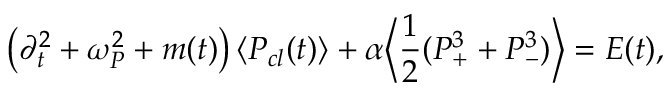
\left( \partial _ { t } ^ { 2 } + \omega _ { P } ^ { 2 } + m ( t ) \right) \langle P _ { c l } ( t ) \rangle + \alpha \biggl \langle \frac { 1 } { 2 } ( P _ { + } ^ { 3 } + P _ { - } ^ { 3 } ) \biggr \rangle = E ( t ) ,